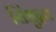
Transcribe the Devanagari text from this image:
सिंधुद्रव